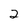
Character: 2